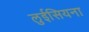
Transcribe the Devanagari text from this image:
लुईसियना